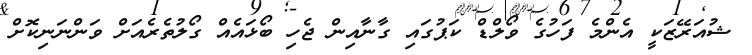
ޝުއަރޭޒަކީ އެންމެ ފަހުގެ ވޯލްޑް ކަޕުގައި ގާނާއިން ޖެހި ބޯޅައެއް ގޯލުތެރެއަށް ވަންނަނިކޮށް